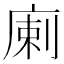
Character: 𢉨